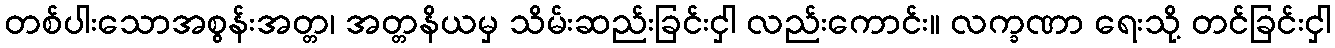
တစ်ပါးသောအစွန်းအတ္တ၊ အတ္တနိယမှ သိမ်းဆည်းခြင်းငှါ လည်းကောင်း။ လက္ခဏာ ရေးသို့ တင်ခြင်းငှါ